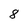
Character: 8